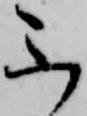
不